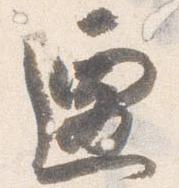
遷